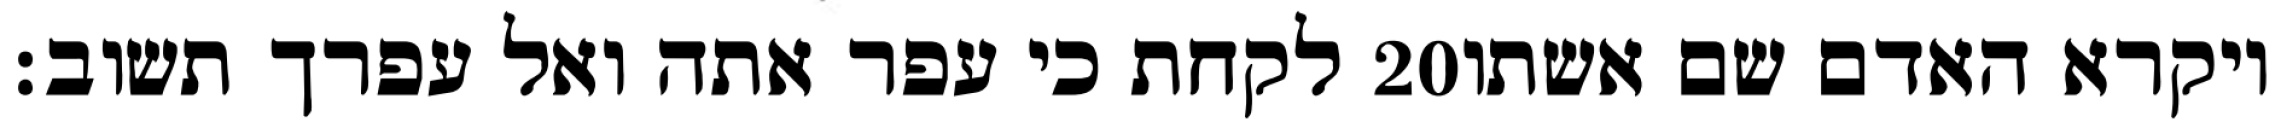
לקחת כי עפר אתה ואל עפרך תשוב׃ ‎20‏ ויקרא האדם שם אשתו